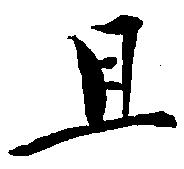
且